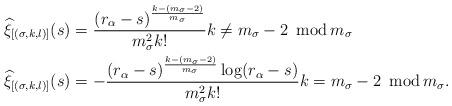
LaTeX: \begin{align*}\widehat{\xi}_{[(\sigma,k,l)]}(s)&=\frac{(r_\alpha-s)^{\frac{k-(m_\sigma-2)}{m_\sigma}}}{m_\sigma^2 k!}k\neq m_\sigma-2\ \operatorname{mod}m_\sigma\\\widehat{\xi}_{[(\sigma,k,l)]}(s)&=-\frac{(r_\alpha-s)^{\frac{k-(m_\sigma-2)}{m_\sigma}}\log(r_\alpha-s)}{m_\sigma^2 k!} k= m_\sigma-2\ \operatorname{mod}m_\sigma.\end{align*}